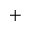
^ { + }